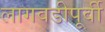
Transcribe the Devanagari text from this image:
लागवडीपूर्वी